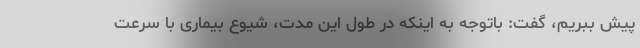
پیش ببریم، گفت: باتوجه به اینکه در طول این مدت، شیوع بیماری با سرعت